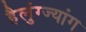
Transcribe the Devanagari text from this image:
हैलुंग्ज्यांग